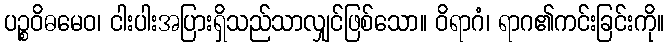
ပဉ္စဝိဓမေဝ၊ ငါးပါးအပြားရှိသည်သာလျှင်ဖြစ်သော။ ဝိရာဂံ၊ ရာဂ၏ကင်းခြင်းကို။